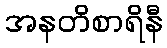
အနတိစာရိနီ